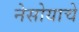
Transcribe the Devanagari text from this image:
नेसोयाचे